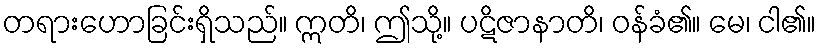
တရားဟောခြင်းရှိသည်။ ဣတိ၊ ဤသို့။ ပဋိဇာနာတိ၊ ဝန်ခံ၏။ မေ၊ ငါ၏။